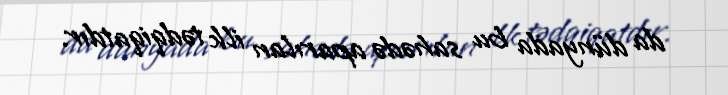
da dünyada bu sahədə aparılan ilk tədqiqatdır.